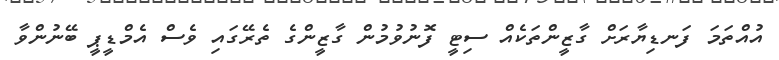
އުއްތަމަ ފަނޑިޔާރަށް ގާޒީންތަކެއް ސިޓީ ފޮނުވުމުން ގާޒީންގެ ތެރޭގައި ވެސް އެމްޑީޕީ ބޭނުންވާ